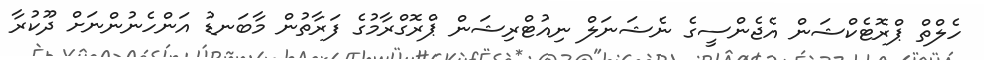
ހެލްތް ޕްރޮޓެކްޝަން އެޖެންސީގެ ނެޝަނަލް ނިއުޓްރިޝަން ޕްރޮގްރާމުގެ ފަރާތުން މާބަނޑު އަންހެނުންނަށް ދޫކުރާ